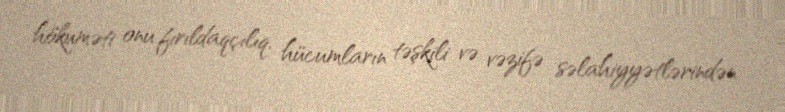
hökuməti onu fırıldaqçılıq, hücumların təşkili və vəzifə səlahiyyətlərindən